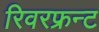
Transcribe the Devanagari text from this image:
रिवरफ्रन्ट